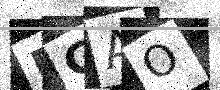
Text: DGAO